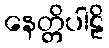
နေတ္တိပါဠိ